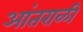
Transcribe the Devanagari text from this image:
आंतराळी